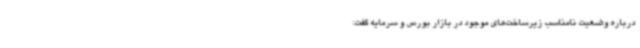
درباره وضعیت نامناسب زیرساخت‌های موجود در بازار بورس و سرمایه گفت: